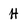
Character: H